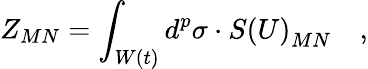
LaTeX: Z_{MN}=\int_{W\left(t\right)}d^{p}\sigma\cdot S\left(U\right)_{MN}\quad,